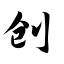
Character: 刨